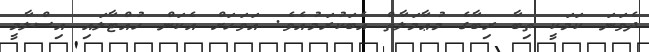
ދެވަނަ ކަމަކީ ތިބާ ރިބާގެ މުޢާމަލާތް އެބަކުރަމުއެވެ. އަވަހަށް އެކަން ހުއްޓާލައި އިސްލާމީ